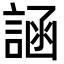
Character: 𬢲